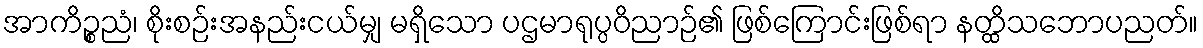
အာကိဉ္စညံ၊ စိုးစဉ်းအနည်းငယ်မျှ မရှိသော ပဌမာရုပ္ပဝိညာဉ်၏ ဖြစ်ကြောင်းဖြစ်ရာ နတ္ထိသဘောပညတ်။